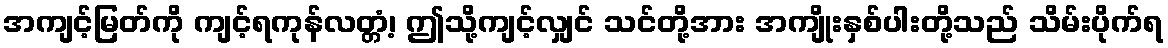
အကျင့်မြတ်ကို ကျင့်ရကုန်လတ္တံ့၊ ဤသို့ကျင့်လျှင် သင်တို့အား အကျိုးနှစ်ပါးတို့သည် သိမ်းပိုက်ရ